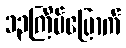
၁၃ကြိမ်မြောက်